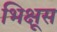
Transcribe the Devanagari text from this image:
भिक्षूस